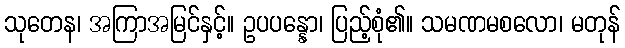
သုတေန၊ အကြာအမြင်နှင့်။ ဥပပန္နော၊ ပြည့်စုံ၏။ သမဏမစလော၊ မတုန်